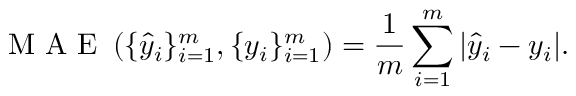
\mathrm { ~ M ~ A ~ E ~ } \left( \{ \hat { y } _ { i } \} _ { i = 1 } ^ { m } , \{ y _ { i } \} _ { i = 1 } ^ { m } \right) = \frac { 1 } { m } \sum _ { i = 1 } ^ { m } | \hat { y } _ { i } - y _ { i } | .